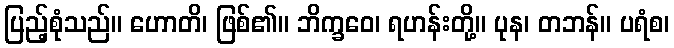
ပြည့်စုံသည်။ ဟောတိ၊ ဖြစ်၏။ ဘိက္ခဝေ၊ ရဟန်းတို့။ ပုန၊ တဘန်။ ပရံစ၊